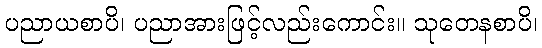
ပညာယစာပိ၊ ပညာအားဖြင့်လည်းကောင်း။ သုတေနစာပိ၊